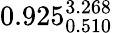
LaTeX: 0.925_{0.510}^{3.268}